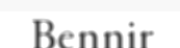
Bennir